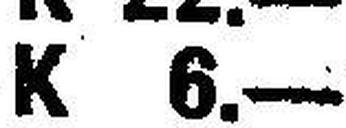
K 6.—